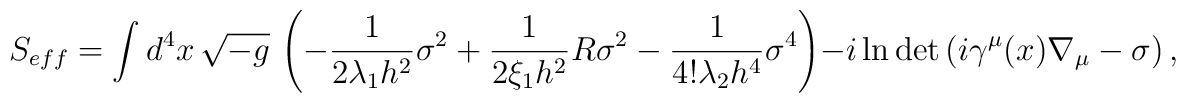
S_{eff} =\int d^4x \, \sqrt{-g} \, \left(-\frac{1}{2\lambda_1 h^2} \sigma^2 +\frac{1}{2\xi_1 h^2} R \sigma^2 -\frac{1}{4! \lambda_2 h^4} \sigma^4 \right) -i \ln \det\left(i\gamma^\mu  (x) \nabla_\mu -   \sigma \right),